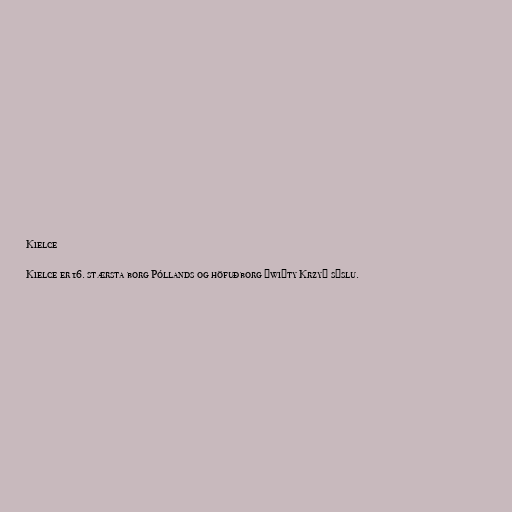
Kielce

Kielce er 16. stærsta borg Póllands og höfuðborg Święty Krzyż sýslu.